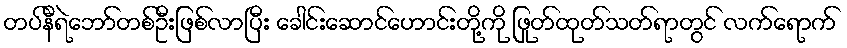
တပ်နီရဲဘော်တစ်ဦးဖြစ်လာပြီး ခေါင်းဆောင်ဟောင်းတို့ကို ဖြုတ်ထုတ်သတ်ရာတွင် လက်ရောက်